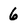
Character: 6